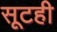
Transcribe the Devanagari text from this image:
सूटही